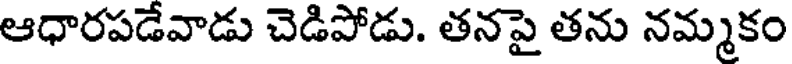
ఆధారపడేవాడు చెడిపోడు. తనపై తను నమ్మకం